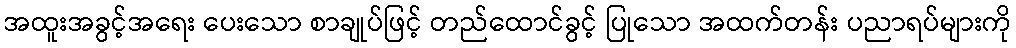
အထူးအခွင့်အရေး ပေးသော စာချုပ်ဖြင့် တည်ထောင်ခွင့် ပြုသော အထက်တန်း ပညာရပ်များကို